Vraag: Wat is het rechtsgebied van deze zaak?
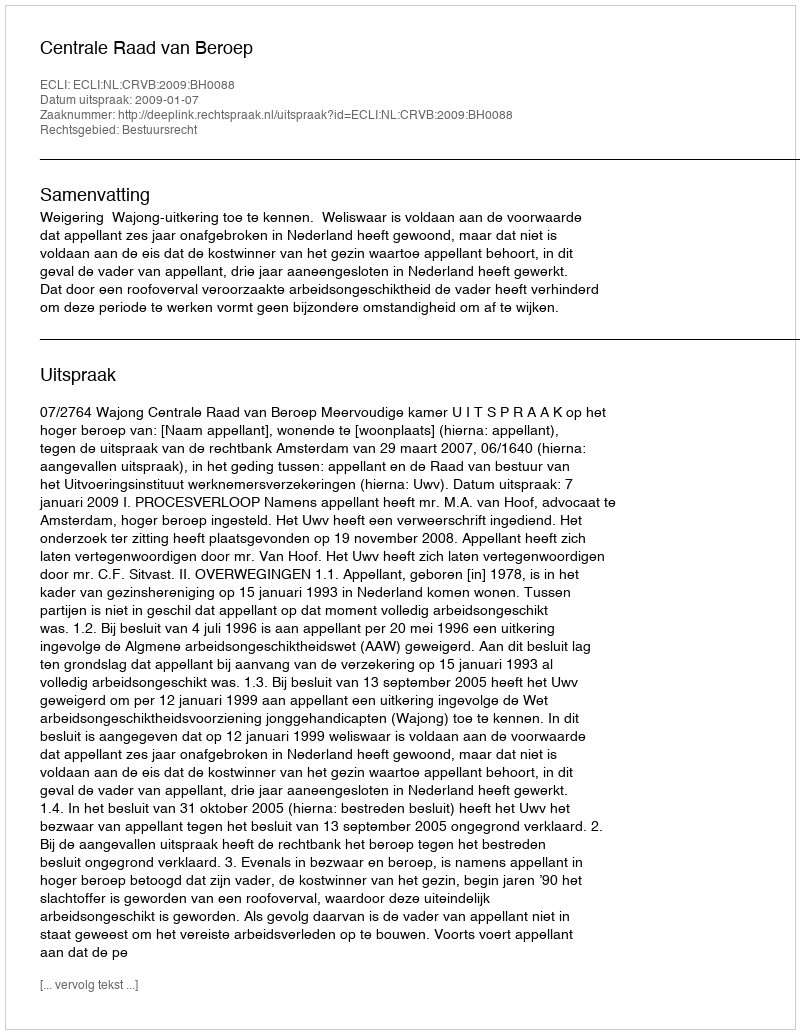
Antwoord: Bestuursrecht